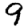
Digit: 9